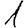
Digit: 1